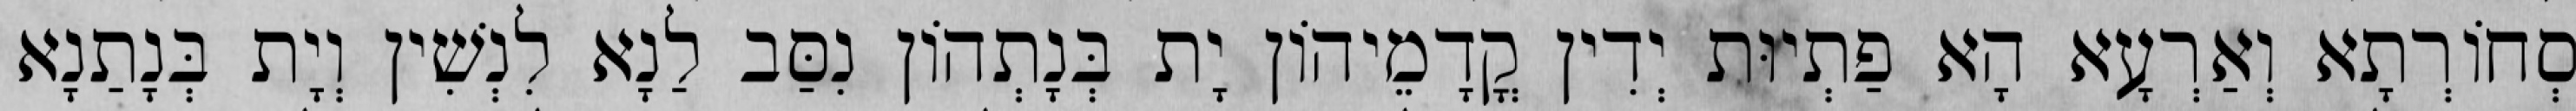
סְחוֹרְתָא וְאַרְעָא הָא פַתְיוּת יְדִין קֳדָמֵיהוֹן יָת בְּנָתְהוֹן נִסַּב לַנָא לִנְשִׁין וְיָת בְּנָתַנָא